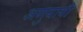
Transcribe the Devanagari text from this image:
अणुयायी